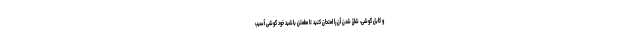
و کابل گوشی، شارژ شدن آن را امتحان کنید تا مطمئن باشید خود گوشی آسیب